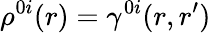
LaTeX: \rho^{0i}(r)=\gamma^{0i}(r,r^{\prime})